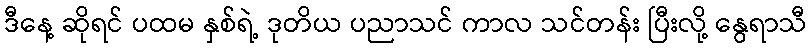
ဒီနေ့ ဆိုရင် ပထမ နှစ်ရဲ့ ဒုတိယ ပညာသင် ကာလ သင်တန်း ပြီးလို့ နွေရာသီ